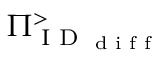
\Pi _ { \textrm { I D } _ { \textrm { d i f f } } } ^ { > }